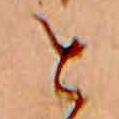
と